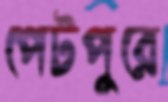
পেটপুরে